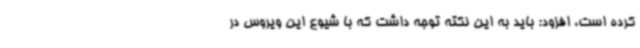
کرده است، افزود: باید به این نکته توجه داشت که با شیوع این ویروس در